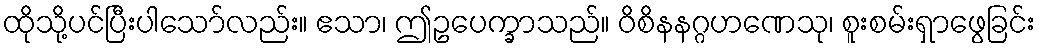
ထိုသို့ပင်ပြီးပါသော်လည်း။ ဧသာ၊ ဤဥပေက္ခာသည်။ ဝိစိနနဂ္ဂဟဏေသု၊ စူးစမ်းရှာဖွေခြင်း